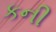
કની